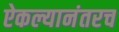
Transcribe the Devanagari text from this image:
ऐकल्यानंतरच